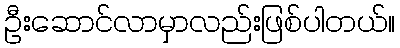
ဦးဆောင်လာမှာလည်းဖြစ်ပါတယ်။